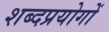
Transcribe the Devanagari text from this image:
शब्दप्रयोगों